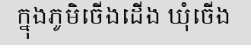
ក្នុងភូមិចើងដើង ឃុំចើង